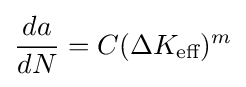
{da \over dN}=C(\Delta K_{\text{eff}})^{m}